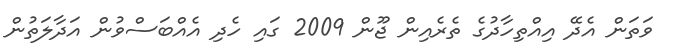
ވަތަން އެދޭ އިއްތިހާދުގެ ތެރެއިން ޖޫން 2009 ގައި ހެދި އެއްބަސްވުން އަދާލަތުން